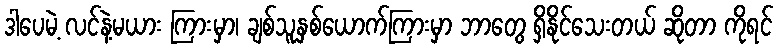
ဒါပေမဲ့ လင်နဲ့မယား ကြားမှာ၊ ချစ်သူနှစ်ယောက်ကြားမှာ ဘာတွေ ရှိနိုင်သေးတယ် ဆိုတာ ကိုရင်